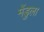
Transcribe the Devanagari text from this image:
मेंडुला